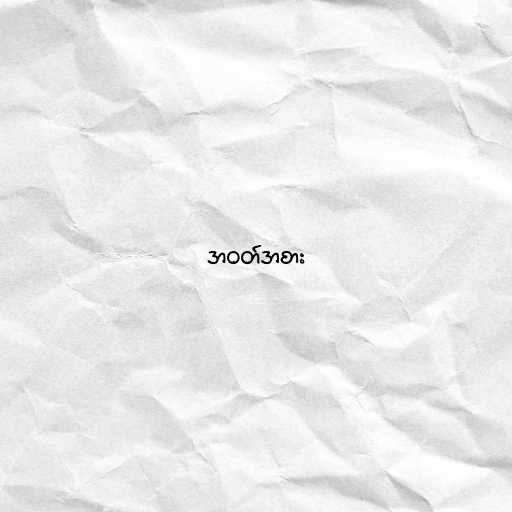
အဝတ်အစား